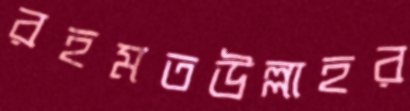
রহমতউল্লাহর